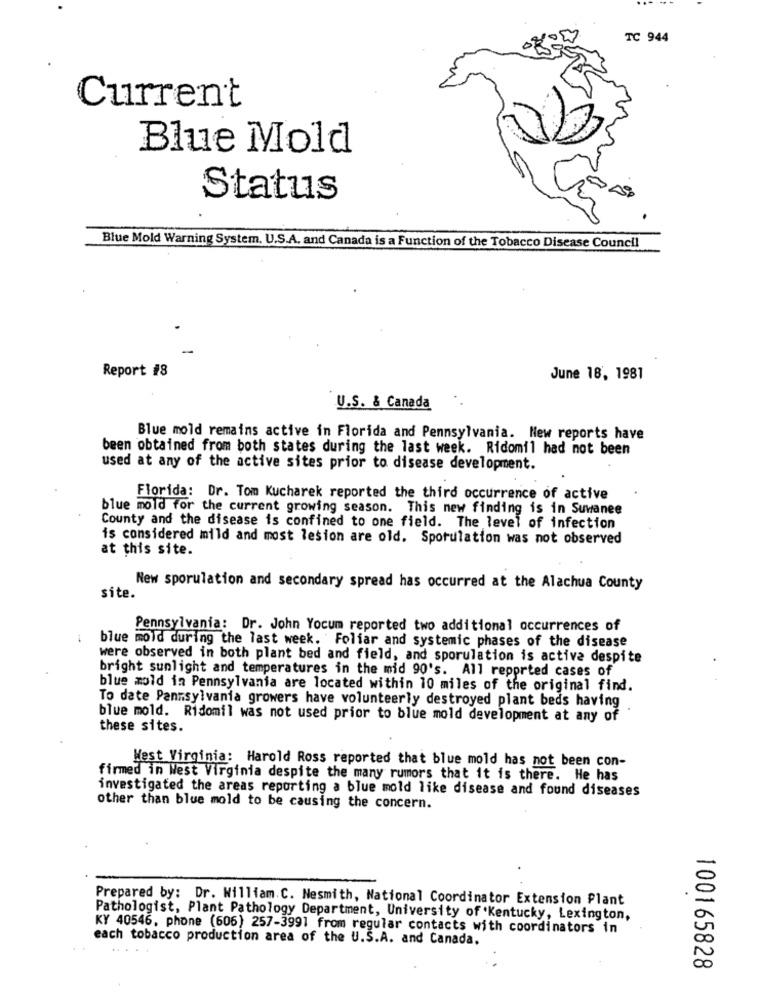
TC 944
Current
Blue Mold
Status
Blue Mold Warning System. U.S.A. and Canada is a Function of the Tobacco Disease Council
Report #8
June 18, 1981
U.S. & Canada
Blue mold remains active in Florida and Pennsylvania. New reports have
been obtained from both states during the last week. Ridomil had not been
used at any of the active sites prior to disease development.
Florida: Dr. Tom Kucharek reported the third occurrence of active
blue mold for the current growing season. This new finding is in Suwanee
County and the disease is confined to one field. The level of infection
is considered mild and most lesion are old. Sporulation was not observed
at this site.
New sporulation and secondary spread has occurred at the Alachua County
site.
Pennsylvania: Dr. John Yocum reported two additional occurrences of
blue moid during the last week. Foliar and systemic phases of the disease
were observed in both plant bed and field, and sporulation is active despite
bright sunlight and temperatures in the mid 90's. All reported cases of
blue mold in Pennsylvania are located within 10 miles of the original find.
To date Pennsylvania growers have volunteerly destroyed plant beds having
blue mold. Ridomil was not used prior to blue mold development at any of
these sites.
West Virginia: Harold Ross reported that blue mold has not been con-
firmed in West Virginia despite the many rumors that it is there. He has
investigated the areas reporting a blue mold like disease and found diseases
other than blue mold to be causing the concern.
Prepared by: Dr. William.C. Nesmith, National Coordinator Extension Plant
Pathologist, Plant Pathology Department, University of Kentucky, Lexington,
KY 40546, phone (606) 257-3991 from regular contacts with coordinators in
each tobacco production area of the U.S.A. and Canada.
100165828